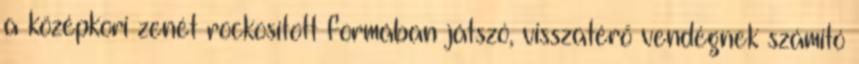
a középkori zenét rockosított formában játszó, visszatérő vendégnek számító